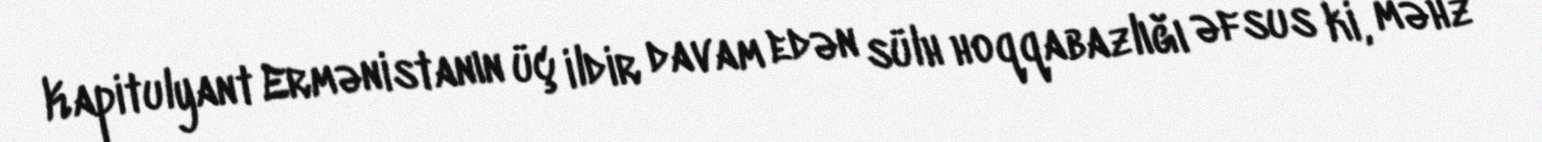
Kapitulyant Ermənistanın üç ildir davam edən sülh hoqqabazlığı əfsus ki, məhz